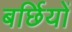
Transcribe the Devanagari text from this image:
बर्छियों